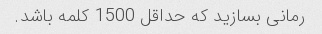
رمانی بسازید که حداقل 1500 کلمه باشد.